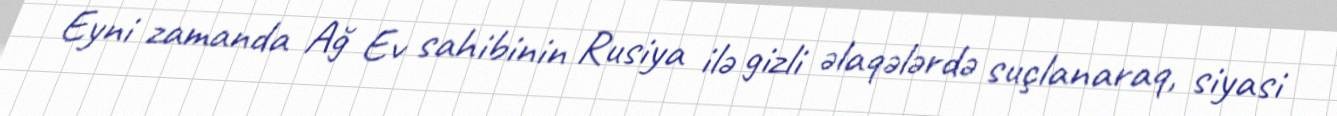
Eyni zamanda Ağ Ev sahibinin Rusiya ilə gizli əlaqələrdə suçlanaraq, siyasi